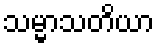
သမ္မာသတိယာ